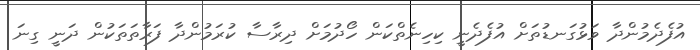
އުފެެދެމުންދާ ވަޅުގަނޑުތަށް އުފެދެނީ ކިހިނެތްކަން ހޯދުމަށް ދިރާސާ ކުރަމުންދާ ފަރާތަތަކުން ދަނީ ގިނަ